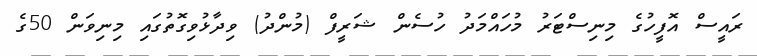
ރައީސް އޮފީހުގެ މިނިސްޓަރު މުހައްމަދު ހުސެން ޝަރީފް (މުންދު) ވިދާޅުވިގޮތުގައި މިނިވަން 50ގެ